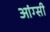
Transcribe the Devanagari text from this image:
आंग्सी